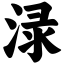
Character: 渌